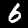
Digit: 6